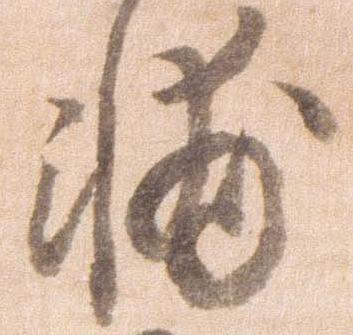
輔